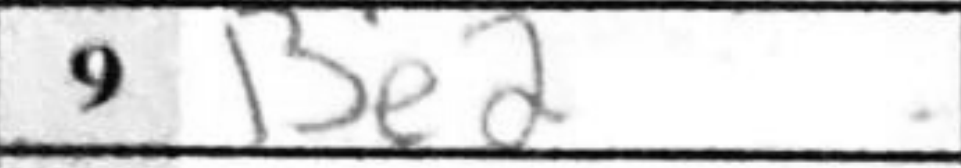
Transcription: Be2